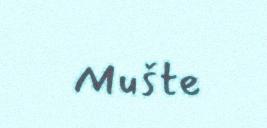
Mušte